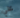
علي